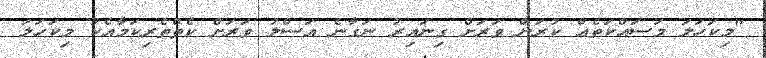
"މިކަހަލަ މަސައްކަތެއް ކުރަން ވަރަށް ގިނައިރު ނަގާނެ އަސްލު ވަރަށް ކެތްތެރިކަމާއެކު މިކަހަލަ